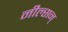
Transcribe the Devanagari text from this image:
नील्सन्